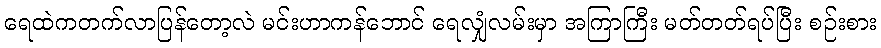
ရေထဲကတက်လာပြန်တော့လဲ မင်းဟာကန်ဘောင် ရေလျှံလမ်းမှာ အကြာကြီး မတ်တတ်ရပ်ပြီး စဉ်းစား